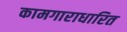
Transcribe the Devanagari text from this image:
कामगाराधारित